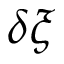
\delta \xi